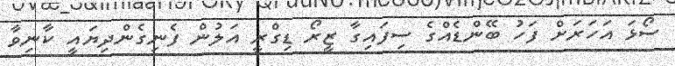
ސޯޅަ އަހަރަށް ފަހު ބޭންޑެއްގެ ސިފައިގާ ޒީރޯ ޑިގްރީ އަލުން ފެނިގެންދިޔައީ ކާނިވާ